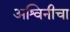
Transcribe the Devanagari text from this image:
अश्विनीचा